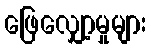
ဖြေလျှော့မှုများ